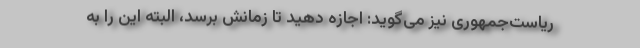
ریاست‌جمهوری نیز می‌گوید: اجازه دهید تا زمانش برسد، البته این را به